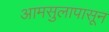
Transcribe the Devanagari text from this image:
आमसुलापासून